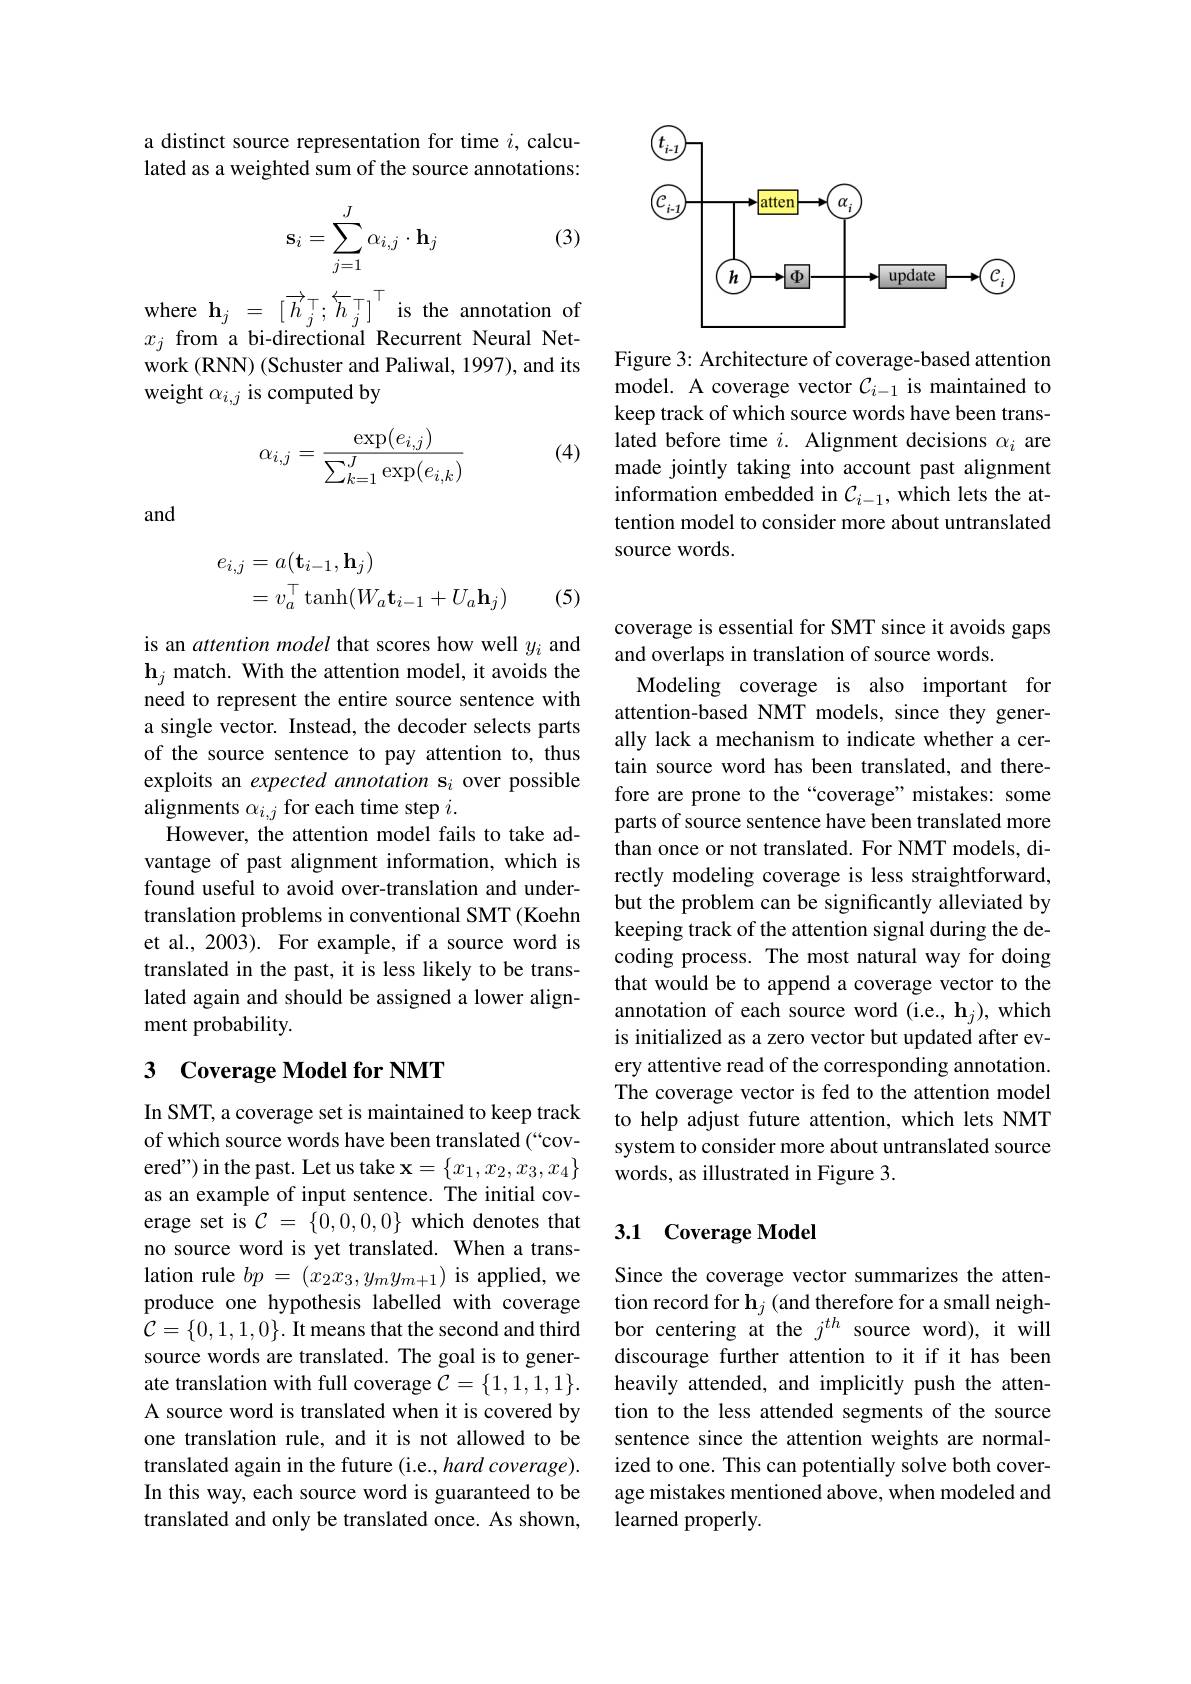
a distinct source representation for time $i$, calculated as a weighted sum of the source annotations:

(3)
$$\mathbf{s}_i=\sum_{j=1}^J\alpha_{i,j}\cdot\mathbf{h}_j$$
where $\mathbf{h}_j=[\overrightarrow{h}_j^\top;\overleftarrow{h}_j^\top]^\top$is the annotation of $x_{j}$ from a bi-directional Recurrent Neural Network (RNN) (Schuster and Paliwal, 1997), and its weight $\alpha_{i,j}$ is computed by

(4)
$$\alpha_{i,j}=\frac{\exp(e_{i,j})}{\sum_{k=1}^J\exp(e_{i,k})}$$
and
$$\begin{aligned}e_{i,j}&=a(\mathbf{t}_{i-1},\mathbf{h}_j)\\&=v_a^\top\operatorname{tanh}(W_a\mathbf{t}_{i-1}+U_a\mathbf{h}_j)\end{aligned}$$
(5)

is an attention model that scores how well $y_i$ and $\mathbf{h}_{j}$ match. With the attention model, it avoids the need to represent the entire source sentence with a single vector. Instead, the decoder selects parts of the source sentence to pay attention to, thus exploits an expected annotation s$_i$ over possible alignments $\alpha_{i,j}$ for each time step $i.$
However, the attention model fails to take advantage of past alignment information, which is found useful to avoid over-translation and undertranslation problems in conventional SMT (Koehn et al., 2003). For example, if a source word is translated in the past, it is less likely to be translated again and should be assigned a lower alignment probability.

### 3 Coverage Model for NMT

In SMT, a coverage set is maintained to keep track of which source words have been translated (“covered") in the past. Let us take $\mathbf{x}=\{x_1,x_2,x_3,x_4\}$ as an example of input sentence. The initial coverage set is $\mathcal{C}=\{0,0,0,0\}$ which denotes that no source word is yet translated. When a translation rule $bp$ = $( x_2x_3, y_my_{m+ 1})$ is applied, we produce one hypothesis labelled with coverage $\mathcal{C}=\{0,1,1,0\}.$ It means that the second and third source words are translated. The goal is to generate translation with full coverage $\mathcal{C}=\{1,1,1,1\}.$ A source word is translated when it is covered by one translation rule, and it is not allowed to be translated again in the future (i.e., hard coverage). In this way, each source word is guaranteed to be translated and only be translated once. As shown,

<FigureHere>

Figure 3: Architecture of coverage-based attention model. A coverage vector $\mathcal{C}_{i-1}$ is maintained to keep track of which source words have been translated before time $i.$ Alignment decisions $\alpha_i$ are made jointly taking into account past alignment information embedded in $\mathcal{C}_{i-1}$, which lets the attention model to consider more about untranslated source words.

coverage is essential for SMT since it avoids gaps
and overlaps in translation of source words.
Modeling coverage is also important for attention-based NMT models, since they generally lack a mechanism to indicate whether a certain source word has been translated, and therefore are prone to the “coverage”mistakes: some parts of source sentence have been translated more than once or not translated. For NMT models, directly modeling coverage is less straightforward, but the problem can be significantly alleviated by keeping track of the attention signal during the decoding process. The most natural way for doing that would be to append a coverage vector to the annotation of each source word (i.e., h$_j)$, which is initialized as a zero vector but updated after every attentive read of the corresponding annotation. The coverage vector is fed to the attention model to help adjust future attention, which lets NMT system to consider more about untranslated source words, as illustrated in Figure 3.

## 3.1 Coverage Model

Since the coverage vector summarizes the attention record for $\mathbf{h}_j$ (and therefore for a small neighbor centering at the $j^{th}$ source word), it will discourage further attention to it if it has been heavily attended, and implicitly push the attention to the less attended segments of the source sentence since the attention weights are normalized to one. This can potentially solve both coverage mistakes mentioned above, when modeled and learned properly.